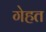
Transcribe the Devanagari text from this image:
गेहत